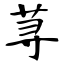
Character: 荨